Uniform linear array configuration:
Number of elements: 48
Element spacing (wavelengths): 0.25
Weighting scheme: kaiser
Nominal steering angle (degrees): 45
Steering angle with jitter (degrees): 45.965
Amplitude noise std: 0.05
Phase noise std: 0.05

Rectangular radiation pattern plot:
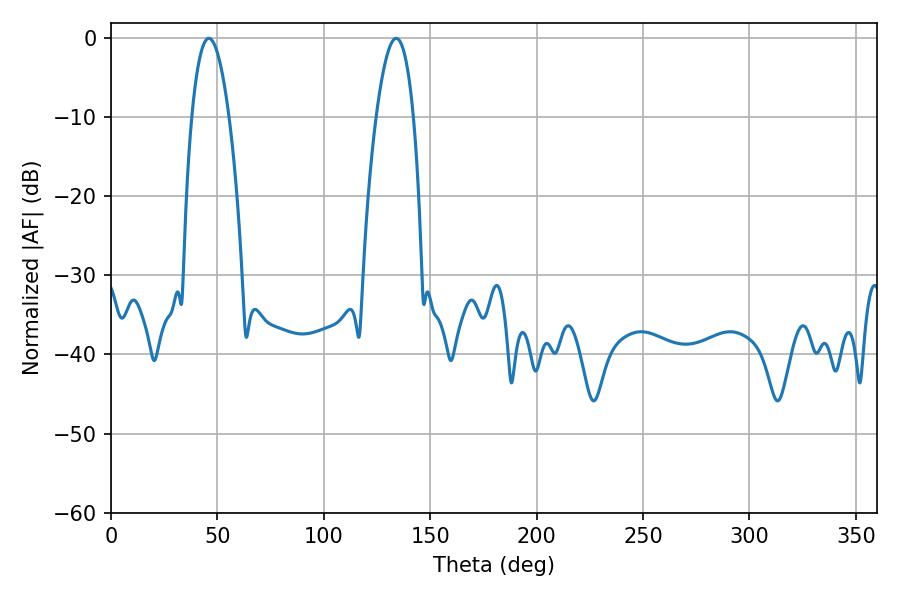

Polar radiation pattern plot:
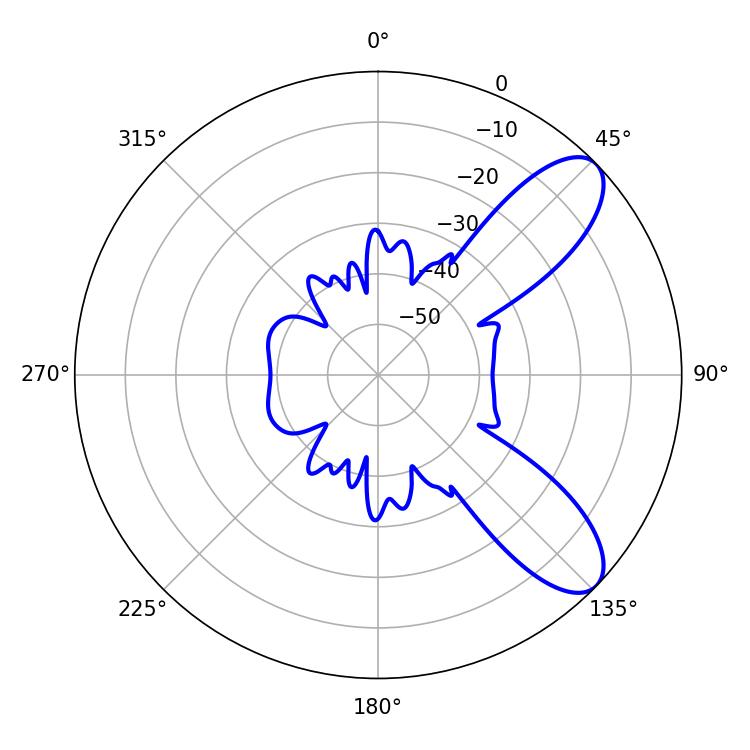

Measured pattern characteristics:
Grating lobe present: FALSE
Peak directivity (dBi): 8.838
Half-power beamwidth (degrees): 9.72
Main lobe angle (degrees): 45.9